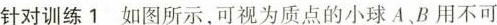
针对训练1 如图所示，可视为质点的小球A、B用不可